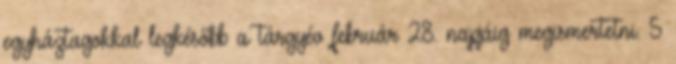
egyháztagokkal legkésőbb a tárgyév február 28. napjáig megismertetni. 5